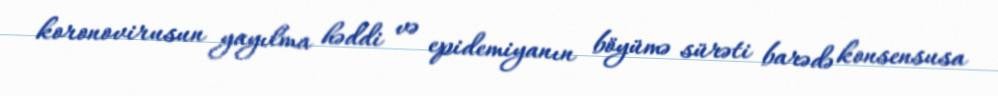
koronovirusun yayılma həddi və epidemiyanın böyümə sürəti barədə konsensusa